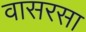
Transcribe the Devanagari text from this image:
वासरसा